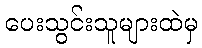
ပေးသွင်းသူများထဲမှ